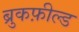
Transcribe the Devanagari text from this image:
ब्रुकफ़ील्ड